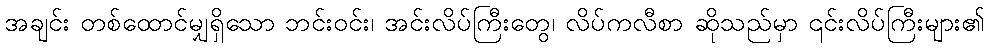
အချင်း တစ်ထောင်မျှရှိသော ဘင်းဝင်း၊ အင်းလိပ်ကြီးတွေ၊ လိပ်ကလီစာ ဆိုသည်မှာ ၎င်းလိပ်ကြီးများ၏